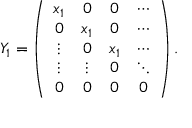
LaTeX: Y _ { 1 } = \left( \begin{array} { c c c c } { { x _ { 1 } } } & { { 0 } } & { { 0 } } & { { \cdots } } \\ { { 0 } } & { { x _ { 1 } } } & { { 0 } } & { { \cdots } } \\ { { \vdots } } & { { 0 } } & { { x _ { 1 } } } & { { \cdots } } \\ { { \vdots } } & { { \vdots } } & { { 0 } } & { { \ddots } } \\ { { 0 } } & { { 0 } } & { { 0 } } & { { 0 } } \end{array} \right) .